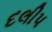
દલીપ